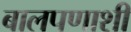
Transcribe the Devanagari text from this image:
बालपणाशी